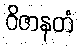
ဝိဇာနတံ